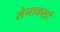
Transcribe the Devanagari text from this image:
सेनाकलां